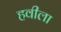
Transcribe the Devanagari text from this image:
हवीला